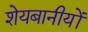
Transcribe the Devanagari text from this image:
शेयबानीयों